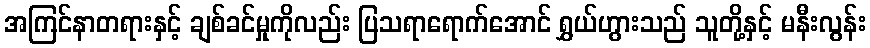
အကြင်နာတရားနှင့် ချစ်ခင်မှုကိုလည်း ပြသရာရောက်အောင် ရွှယ်ဟွားသည် သူတို့နှင့် မနီးလွန်း